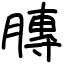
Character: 膞